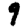
Digit: 9